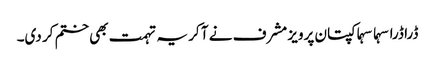
ڈرا ڈرا سہما سہما کپتان پرویز مشرف نے آ کر یہ تہمت بھی ختم کر دی۔